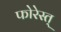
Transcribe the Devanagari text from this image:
फोरेस्त्